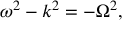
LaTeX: \omega ^ { 2 } - k ^ { 2 } = - \Omega ^ { 2 } ,